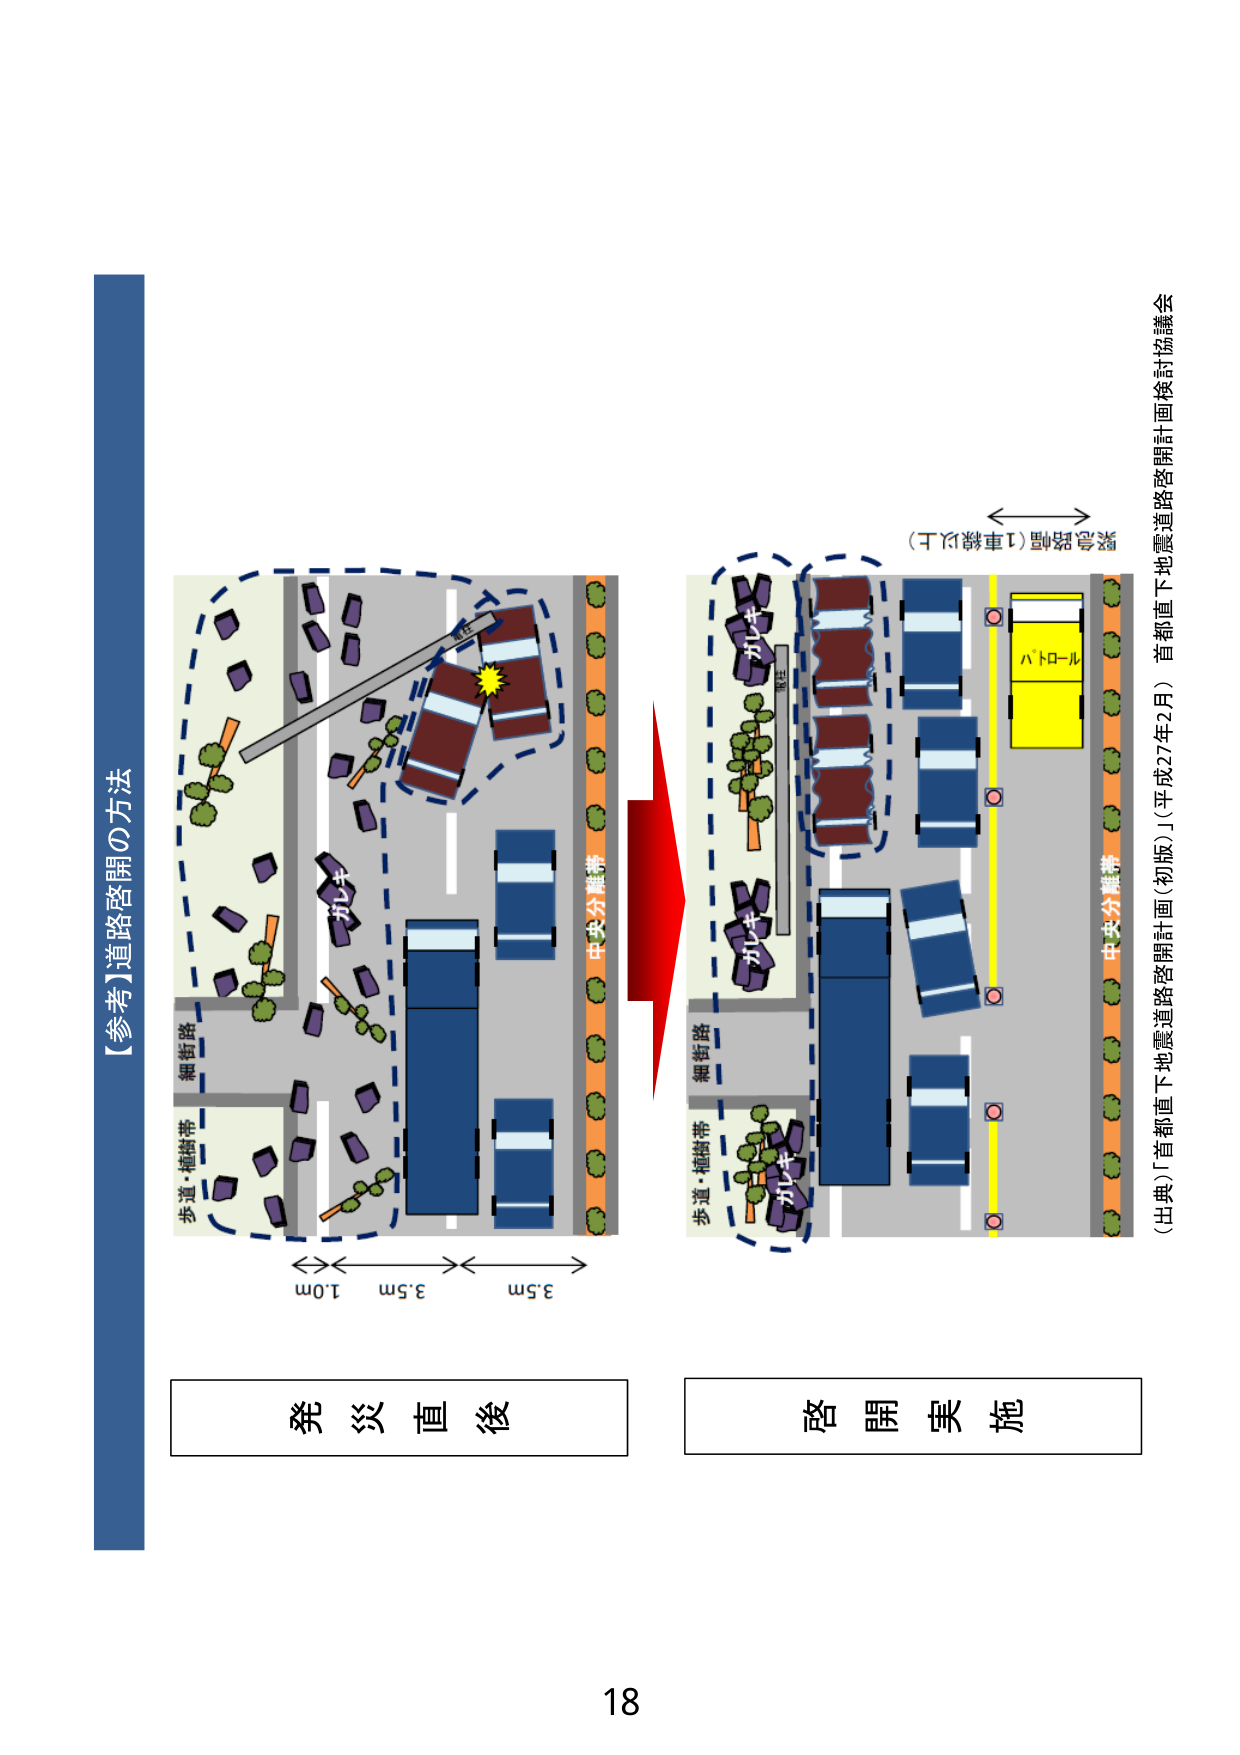
【参考】道路啓開の方法

発災直後

3.5m　3.5m　1.0m

歩道・植樹帯
細街路
ガレキ
中央分離帯

（出典）「首都直下地震道路啓開計画（初版）」（平成27年2月）　首都直下地震道路啓開計画検討協議会

緊急路幅（1車線以上）

啓開実施

歩道・植樹帯
細街路
ガレキ
中央分離帯
ルートⅤ

18